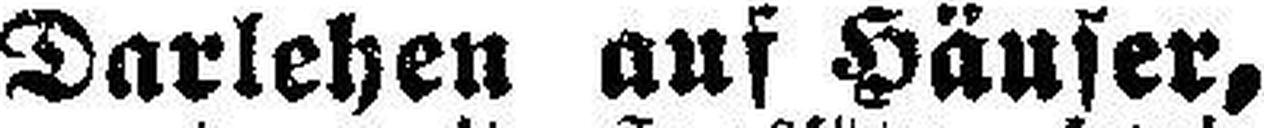
Darlehen auf Häuser,